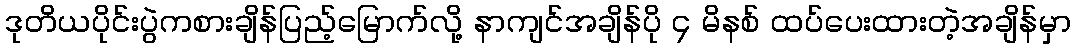
ဒုတိယပိုင်းပွဲကစားချိန်ပြည့်မြောက်လို့ နာကျင်အချိန်ပို ၄ မိနစ် ထပ်ပေးထားတဲ့အချိန်မှာ